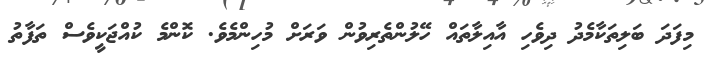
މިފަދަ ބަލިތަކާމެދު ދިވެހި އާއިލާތައް ހޭލުންތެރިވުން ވަރަށް މުހިންމެވެ. ކޮންމެ ކުއްޖަކީވެސް ތަފާތު